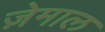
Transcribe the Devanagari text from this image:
ज़ेमाल